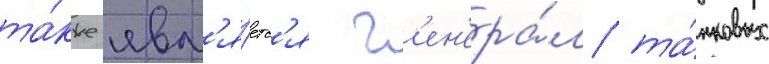
та́кже явл'я́етс'я г'ен'ера́л та́нковых